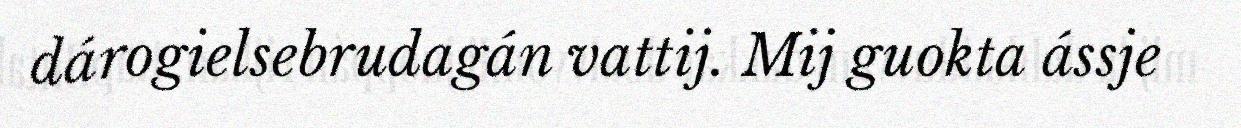
dárogielsebrudagán vattij. Mij guokta ássje